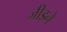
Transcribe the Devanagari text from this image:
जीड़ने